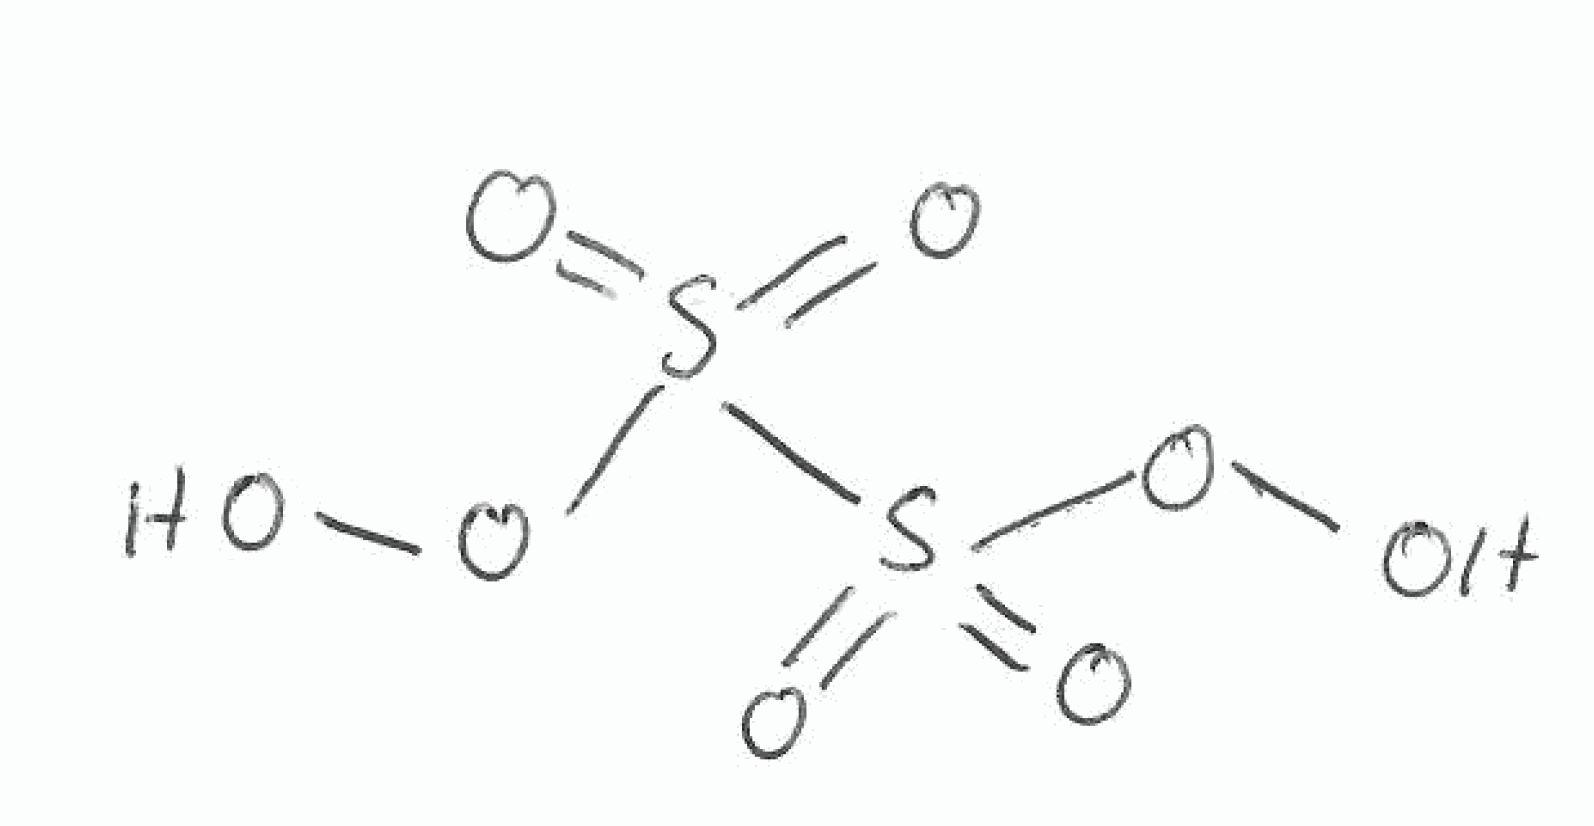
Simplified molecular-input line-entry system (SMILES) notation of the given molecule:
OOS(=O)(=O)S(=O)(=O)OO